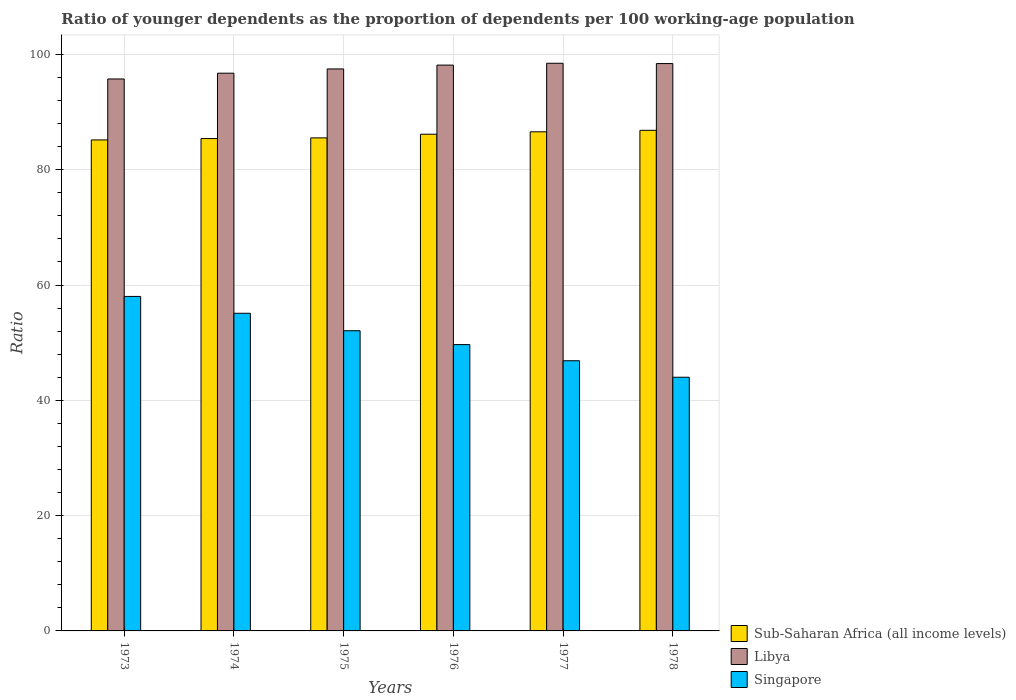
| Years | Sub-Saharan Africa (all income levels) | Libya | Singapore |
 | --- | --- | --- | --- |
 | 1973 | 85.2 | 95.7 | 58 |
 | 1974 | 85.4 | 96.7 | 55.1 |
 | 1975 | 85.5 | 97.5 | 52.1 |
 | 1976 | 86.2 | 98.1 | 49.7 |
 | 1977 | 86.6 | 98.5 | 46.9 |
 | 1978 | 86.8 | 98.4 | 44 |